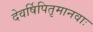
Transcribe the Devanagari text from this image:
देवर्षिपितृमानवाः